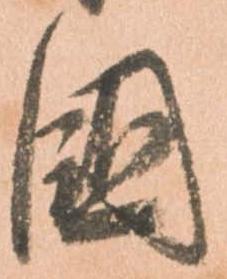
國